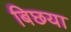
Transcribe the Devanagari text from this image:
बिछया